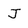
Character: J